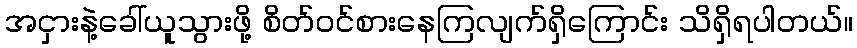
အငှားနဲ့ခေါ်ယူသွားဖို့ စိတ်ဝင်စားနေကြလျက်ရှိကြောင်း သိရှိရပါတယ်။